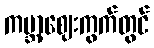
ကမ္ဘာ့ဈေးကွက်တွင်